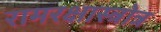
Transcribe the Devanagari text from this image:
रामरक्षास्त्रोत्र